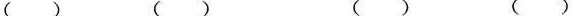
() () () ()